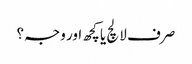
صرف لالچ یا کچھ اور وجہ؟